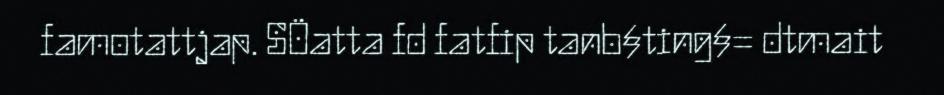
famotattjap. SÖatta fd fatfip tanb§ting§= dtmait